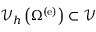
{ \mathscr V } _ { h } \left( \Omega ^ { \left( \mathrm { e } \right) } \right) \subset { \mathscr V }